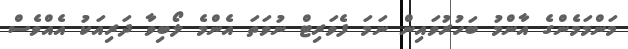
މަންމަމެންގެ އާންމު ބަހުރުވައިން ނަމަ ފެވަރިޓް ނުވަތަ އެންމެ ލޯބިވާ ދަރިއަކު އެއްވެސް